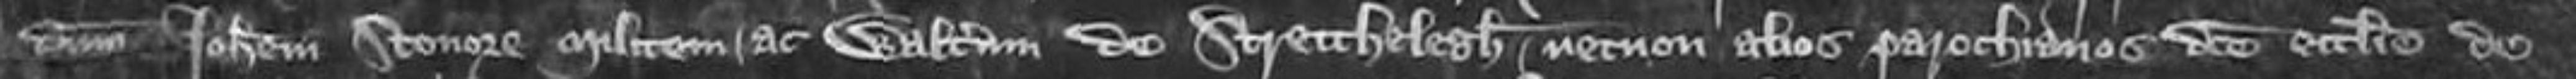
dominum Johannem Stonore militem ac Walterum de Strecthelegy necnon alios parochianos dicte ecclesie de